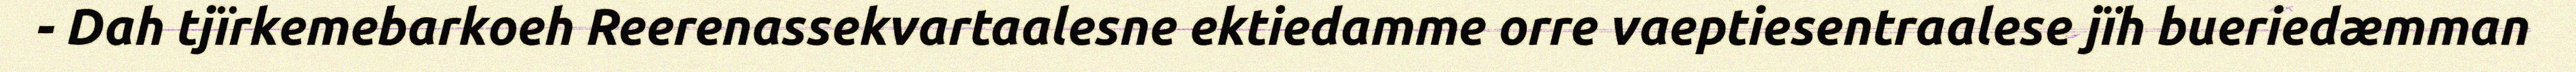
- Dah tjïrkemebarkoeh Reerenassekvartaalesne ektiedamme orre vaeptiesentraalese jïh bueriedæmman